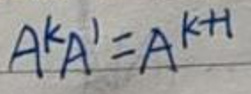
\[
A^{k}A^{1}=A^{k + 1}
\]